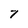
Character: 7